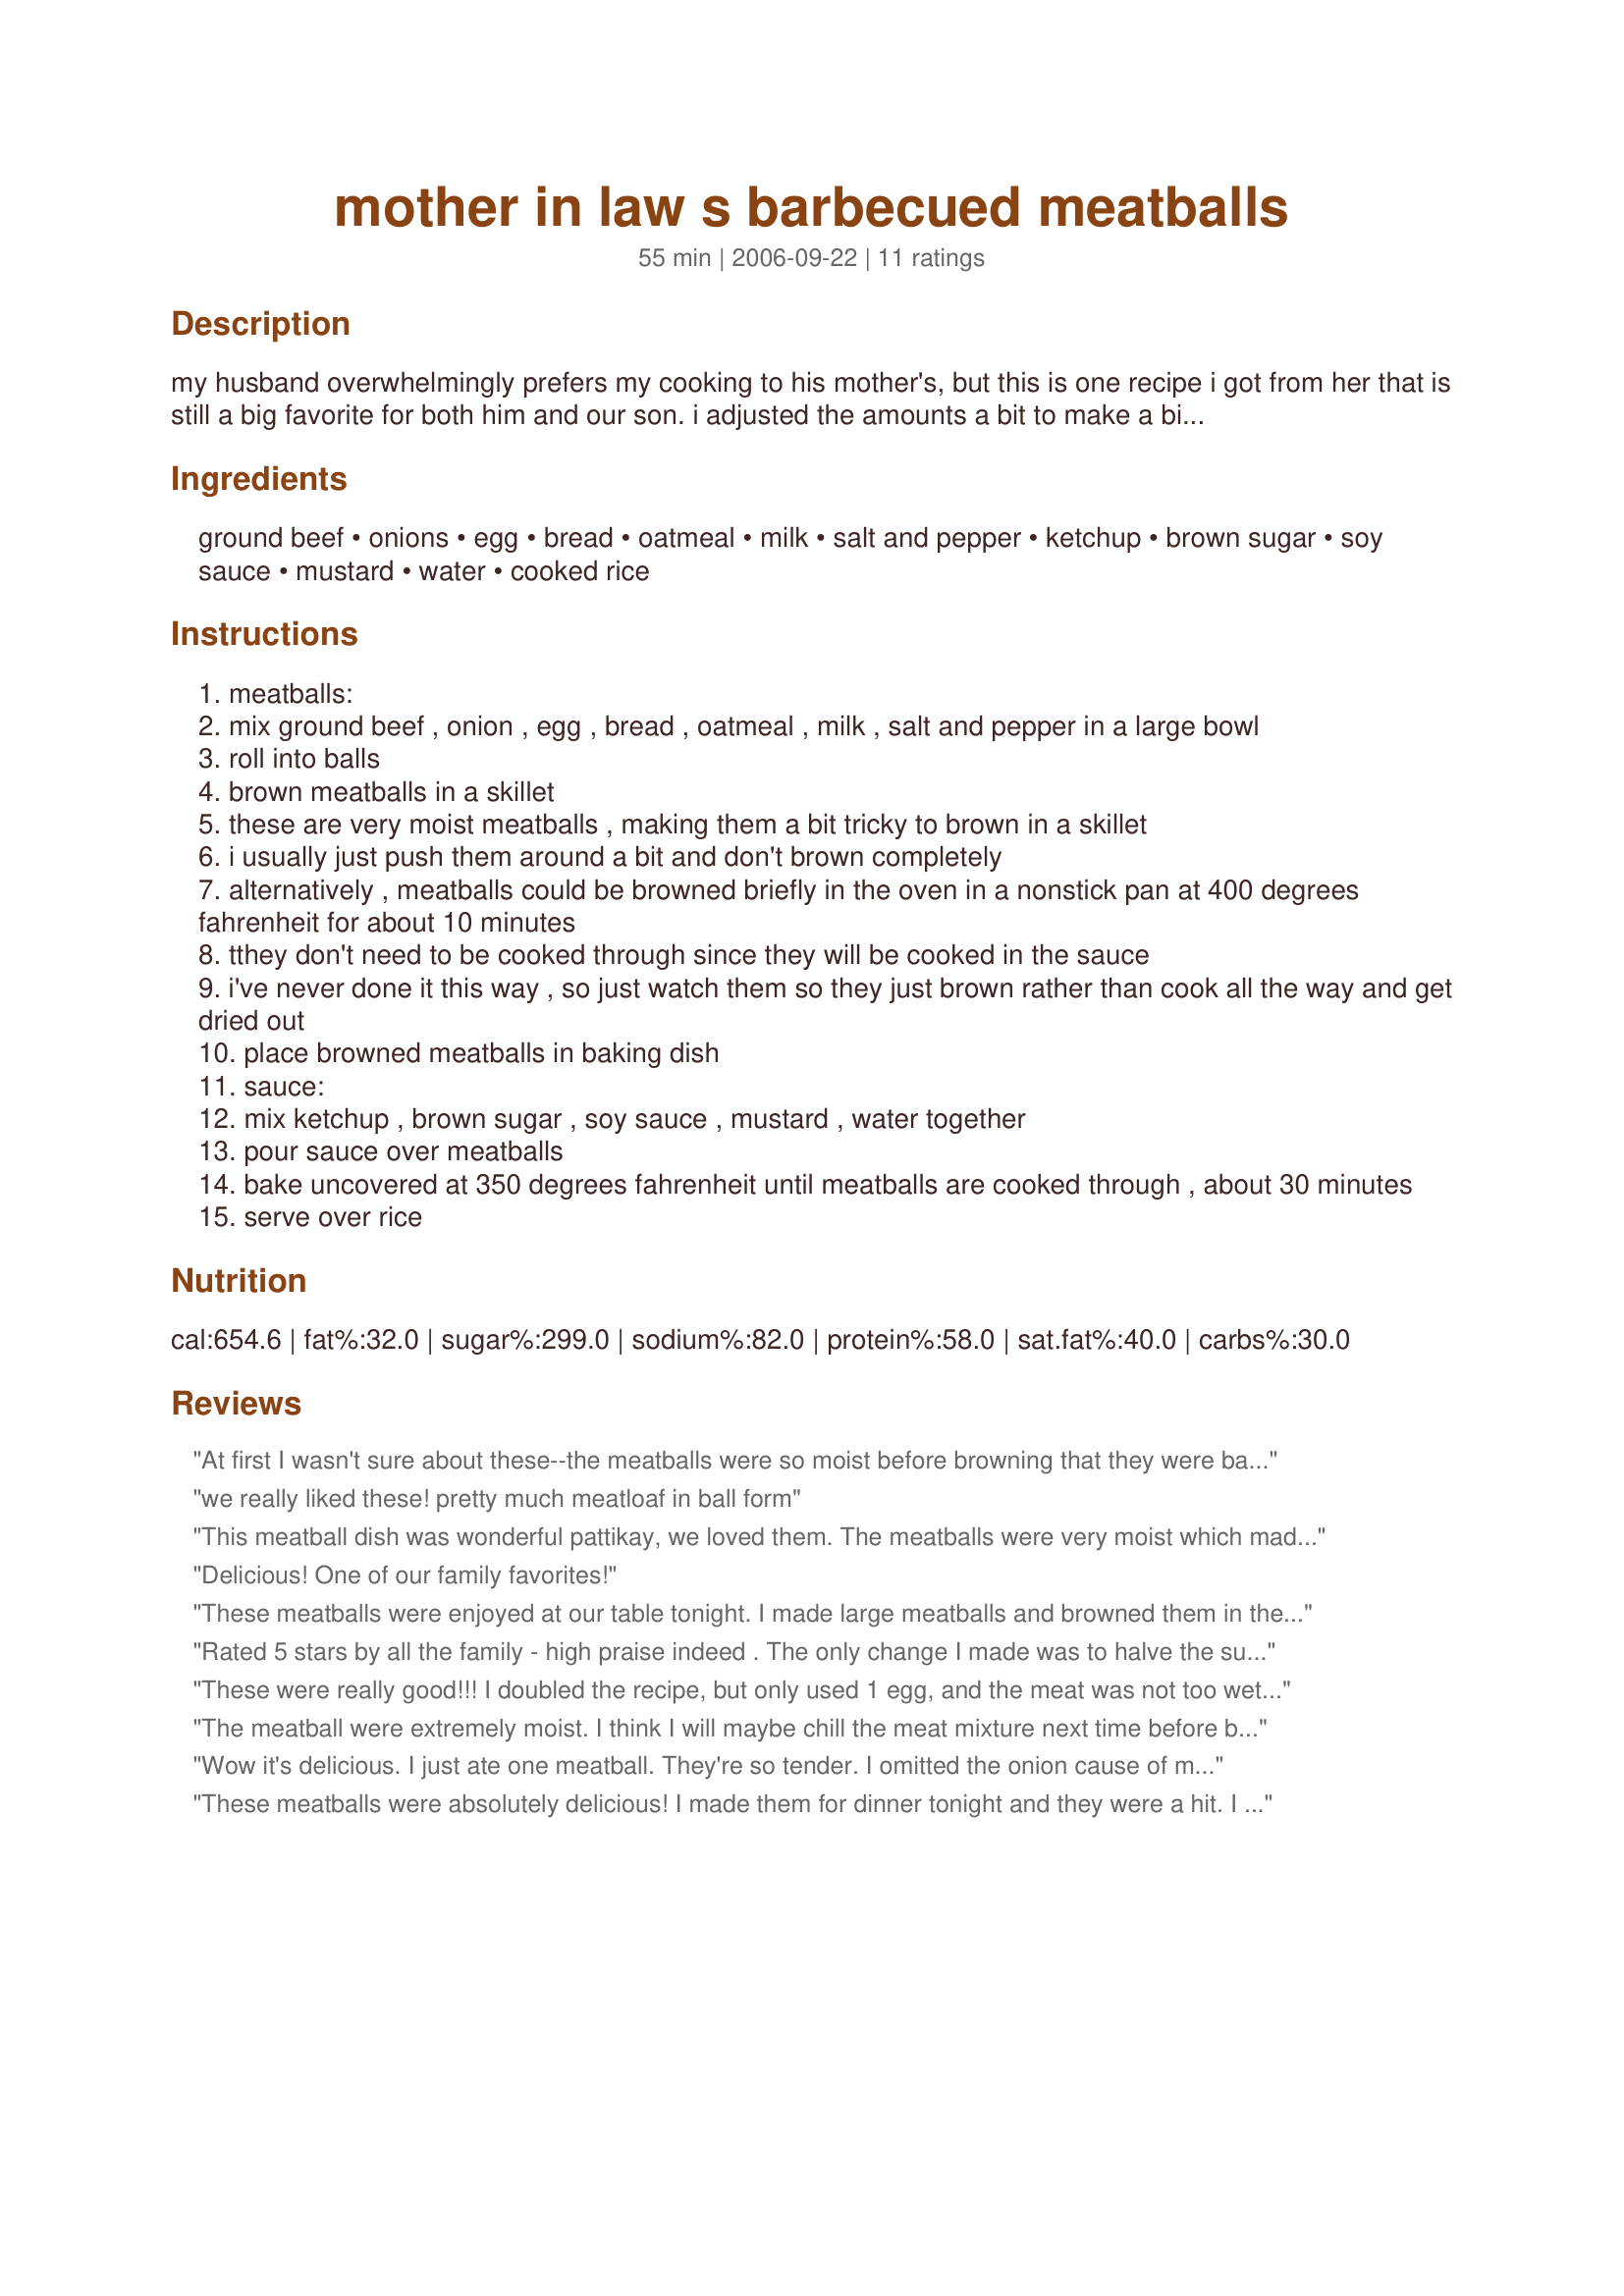
mother in law s barbecued meatballs
Preparation time: 55 minutes

my husband overwhelmingly prefers my cooking to his mother's, but this is one recipe i got from her that is still a big favorite for both him and our son. i adjusted the amounts a bit to make a bit more sauce, but it's basically her original recipe. it's on the sweet side, but you can adjust flavorings to suit your family's tastes. i sometimes add a bit of crushed red pepper to add some kick. don't let the amount of ketchup scare you! it does not taste ketchupy - just rich and flavorful. the meatballs still taste good even if you want to stretch them by adding a bit more oats or bread. note: in response to reviews, i have posted an alternative method of browning the meatballs in the oven.

Ingredients:
ground beef, onions, egg, bread, oatmeal, milk, salt and pepper, ketchup, brown sugar, soy sauce, mustard, water, cooked rice

Steps:
meatballs:
mix ground beef , onion , egg , bread , oatmeal , milk , salt and pepper in a large bowl
roll into balls
brown meatballs in a skillet
these are very moist meatballs , making them a bit tricky to brown in a skillet
i usually just push them around a bit and don't brown completely
alternatively , meatballs could be browned briefly in the oven in a nonstick pan at 400 degrees fahrenheit for about 10 minutes
tthey don't need to be cooked through since they will be cooked in the sauce
i've never done it this way , so just watch them so they just brown rather than cook all the way and get dried out
place browned meatballs in baking dish
sauce:
mix ketchup , brown sugar , soy sauce , mustard , water together
pour sauce over meatballs
bake uncovered at 350 degrees fahrenheit until meatballs are cooked through , about 30 minutes
serve over rice

Reviews:
At first I wasn't sure about these--the meatballs were so moist before browning that they were barely holding together, which made them tricky to brown, and I was sure the sauce would be too ketchupy. But the meatballs were delicious and so moist. A definite keeper. I used the dijon mustard as suggested. And I didn't pack the brown sugar and they were still plenty sweet. I also didn't add any salt or pepper and didn't miss them.
we really liked these! pretty much meatloaf in ball form
This meatball dish was wonderful pattikay, we loved them. The meatballs were very moist which made them a little tricky to work with, but oh, so worth the extra effort :yummy:. I did add 1 extra slice of bread, I also used sea salt and fresh ground black pepper. These big, tender and flavourful meatballs were nestled in a delicious sweet sauce. Thanks so much to you and your MIL for sharing.
Delicious! One of our family favorites!
These meatballs were enjoyed at our table tonight. I made large meatballs and browned them in the oven for about 15 minutes. I think next time I would use a little more onion in the beef or perhaps add some to the sauce. I only had about 1/2 enough ketchup (I was making a double recipe) so subbed with tomato sauce. It seemed fine to me and wasn't too sweet. Thanks for sharing your recipe.
Rated 5 stars by all the family - high praise indeed . The only change I made was to halve the sugar. I served the meatballs with corn bread. Fabulous recipe !!
These were really good!!! I doubled the recipe, but only used 1 egg, and the meat was not too wet...perfect!!! Browned them on the stovetop. I added less brown sugar and extra mustard...yummy!!!!
The meatball were extremely moist. I think I will maybe chill the meat mixture next time before browning it to make it a little more solid. The kids and the "man" really liked it, but it was a little too sweet for me, I'll probably reduce the sugar next time (maybe by 1/2 a cup). I used 1 tsp of salt and 1/8 tsp pepper in the meat.
Wow it's delicious. I just ate one meatball. They're so tender. I omitted the onion cause of my fussy BF LOL but used 1 tsp of flaked onion. I used 3 small slices of bread. I browned them 10 minutes in the oven. For the sauce I used almost 1/4 cup ketchup (cause that's all I got) and 3/4 cup chili sauce : 1 cup total (enough liquid). I used recipe#216380 instead of soy sauce. I used only 1/2 cup brown sugar and 3 teaspoon dijon mustard. Thanks Pattikay :) Made for Zaar Star Game
These meatballs were absolutely delicious! I made them for dinner tonight and they were a hit. I used teriyaki sauce instead of soy sauce because that was all I had available, and I used 3 slices of bread. Also, I browned the meatballs in the oven and they didn't get dried out at all. Thank you so much for this recipe! I will definitely be making it again and again.
These were pretty good. I used ground turkey and Sucanat (for the brown sugar). I would probably use brown sugar next time (I didn't have any and Sucanat is a sub.) as the sauce seemed a little too runny. Used 3 slices homamade whole wheat. The meatballs were really soft and wet, so I decided to try the oven method for browning. Aside from them coming out a bit flat on the bottom, it turned out well. I might cut back a bit on the soy sauce next time too. Planning to have these (just tried them) with noodles. I got about 32 meatballs.
